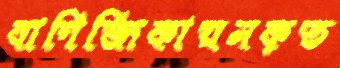
বাণিজ্যিকায়নকৃত